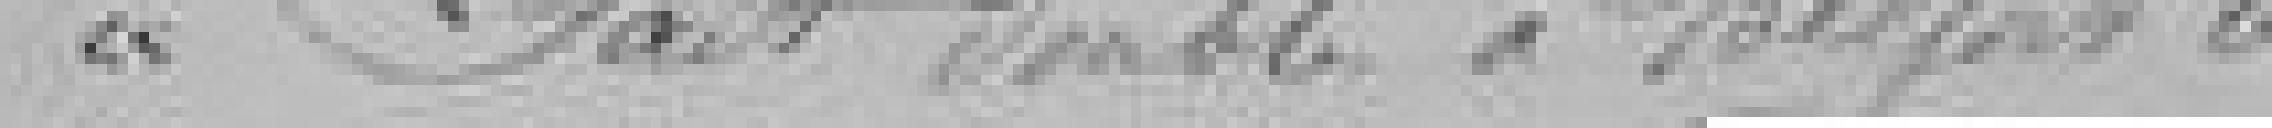
Fait double à Belfort le